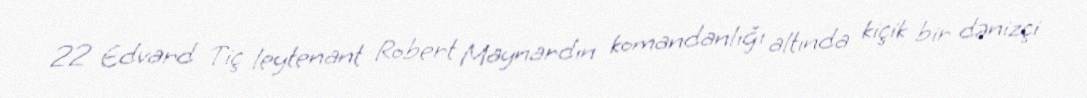
22 Edvard Tiç leytenant Robert Maynardın komandanlığı altında kiçik bir dənizçi